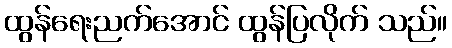
ထွန်ရေးညက်အောင် ထွန်ပြလိုက် သည်။